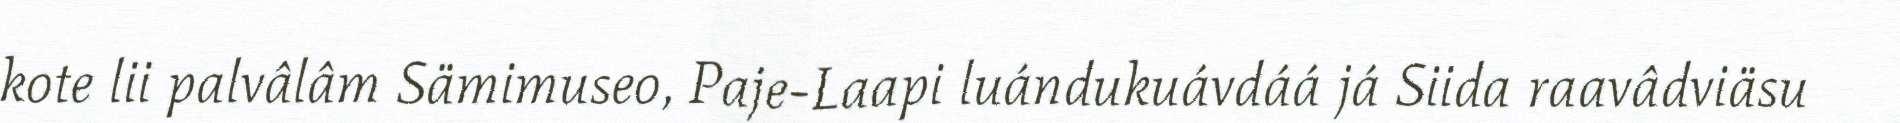
kote lii palvâlâm Sämimuseo, Paje-Laapi luándukuávdáá já Siida raavâdviäsu